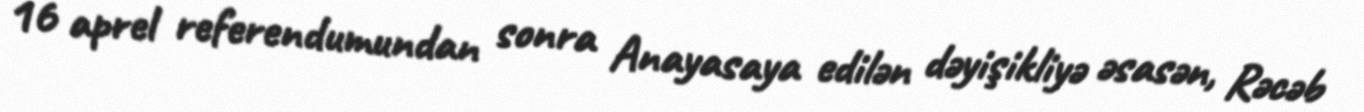
16 aprel referendumundan sonra Anayasaya edilən dəyişikliyə əsasən, Rəcəb